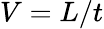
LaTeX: V=L/t